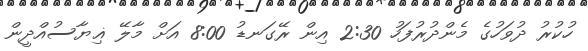
ހުކުރު ދުވަހުގެ މެންދުރުފަހު 2:30 އިން ރޭގަނޑު 8:00 އަށް މާލޭ ޣިޔާސުއްދީން